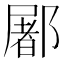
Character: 䣝